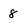
Character: 8